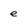
Character: e